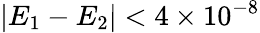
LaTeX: |E_{1}-E_{2}|<4\times 10^{-8}